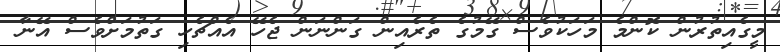
މީގެއިތުރުން ކޮންމެ މަހަކުވެސް ގޭމުގެ ތެރެއިން ގަންނަން ޖެހޭ އެއްޗެހި ގަތުމަށްވެސް އޭނާ